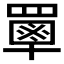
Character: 𦌃